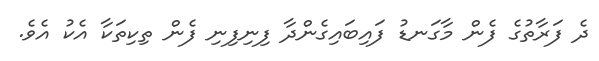
ދެ ފަރާތުގެ ފެން މާގަނޑު ފައިބައިގެންދާ ފިނިފިނި ފެން ތިކިތަކާ އެކު އެވެ.